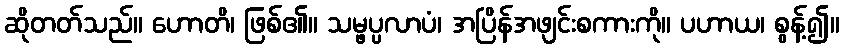
ဆိုတတ်သည်။ ဟောတိ၊ ဖြစ်၏။ သမ္ဖပ္ပလာပံ၊ အပြိန်အဖျင်းစကားကို။ ပဟာယ၊ စွန့်၍။